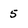
Character: 5